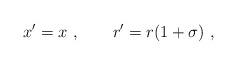
LaTeX: \begin{align*} x' = x~,\qquad r' = r (1+\sigma)~,\end{align*}